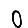
Digit: 0